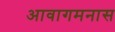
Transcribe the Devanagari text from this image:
आवागमनास